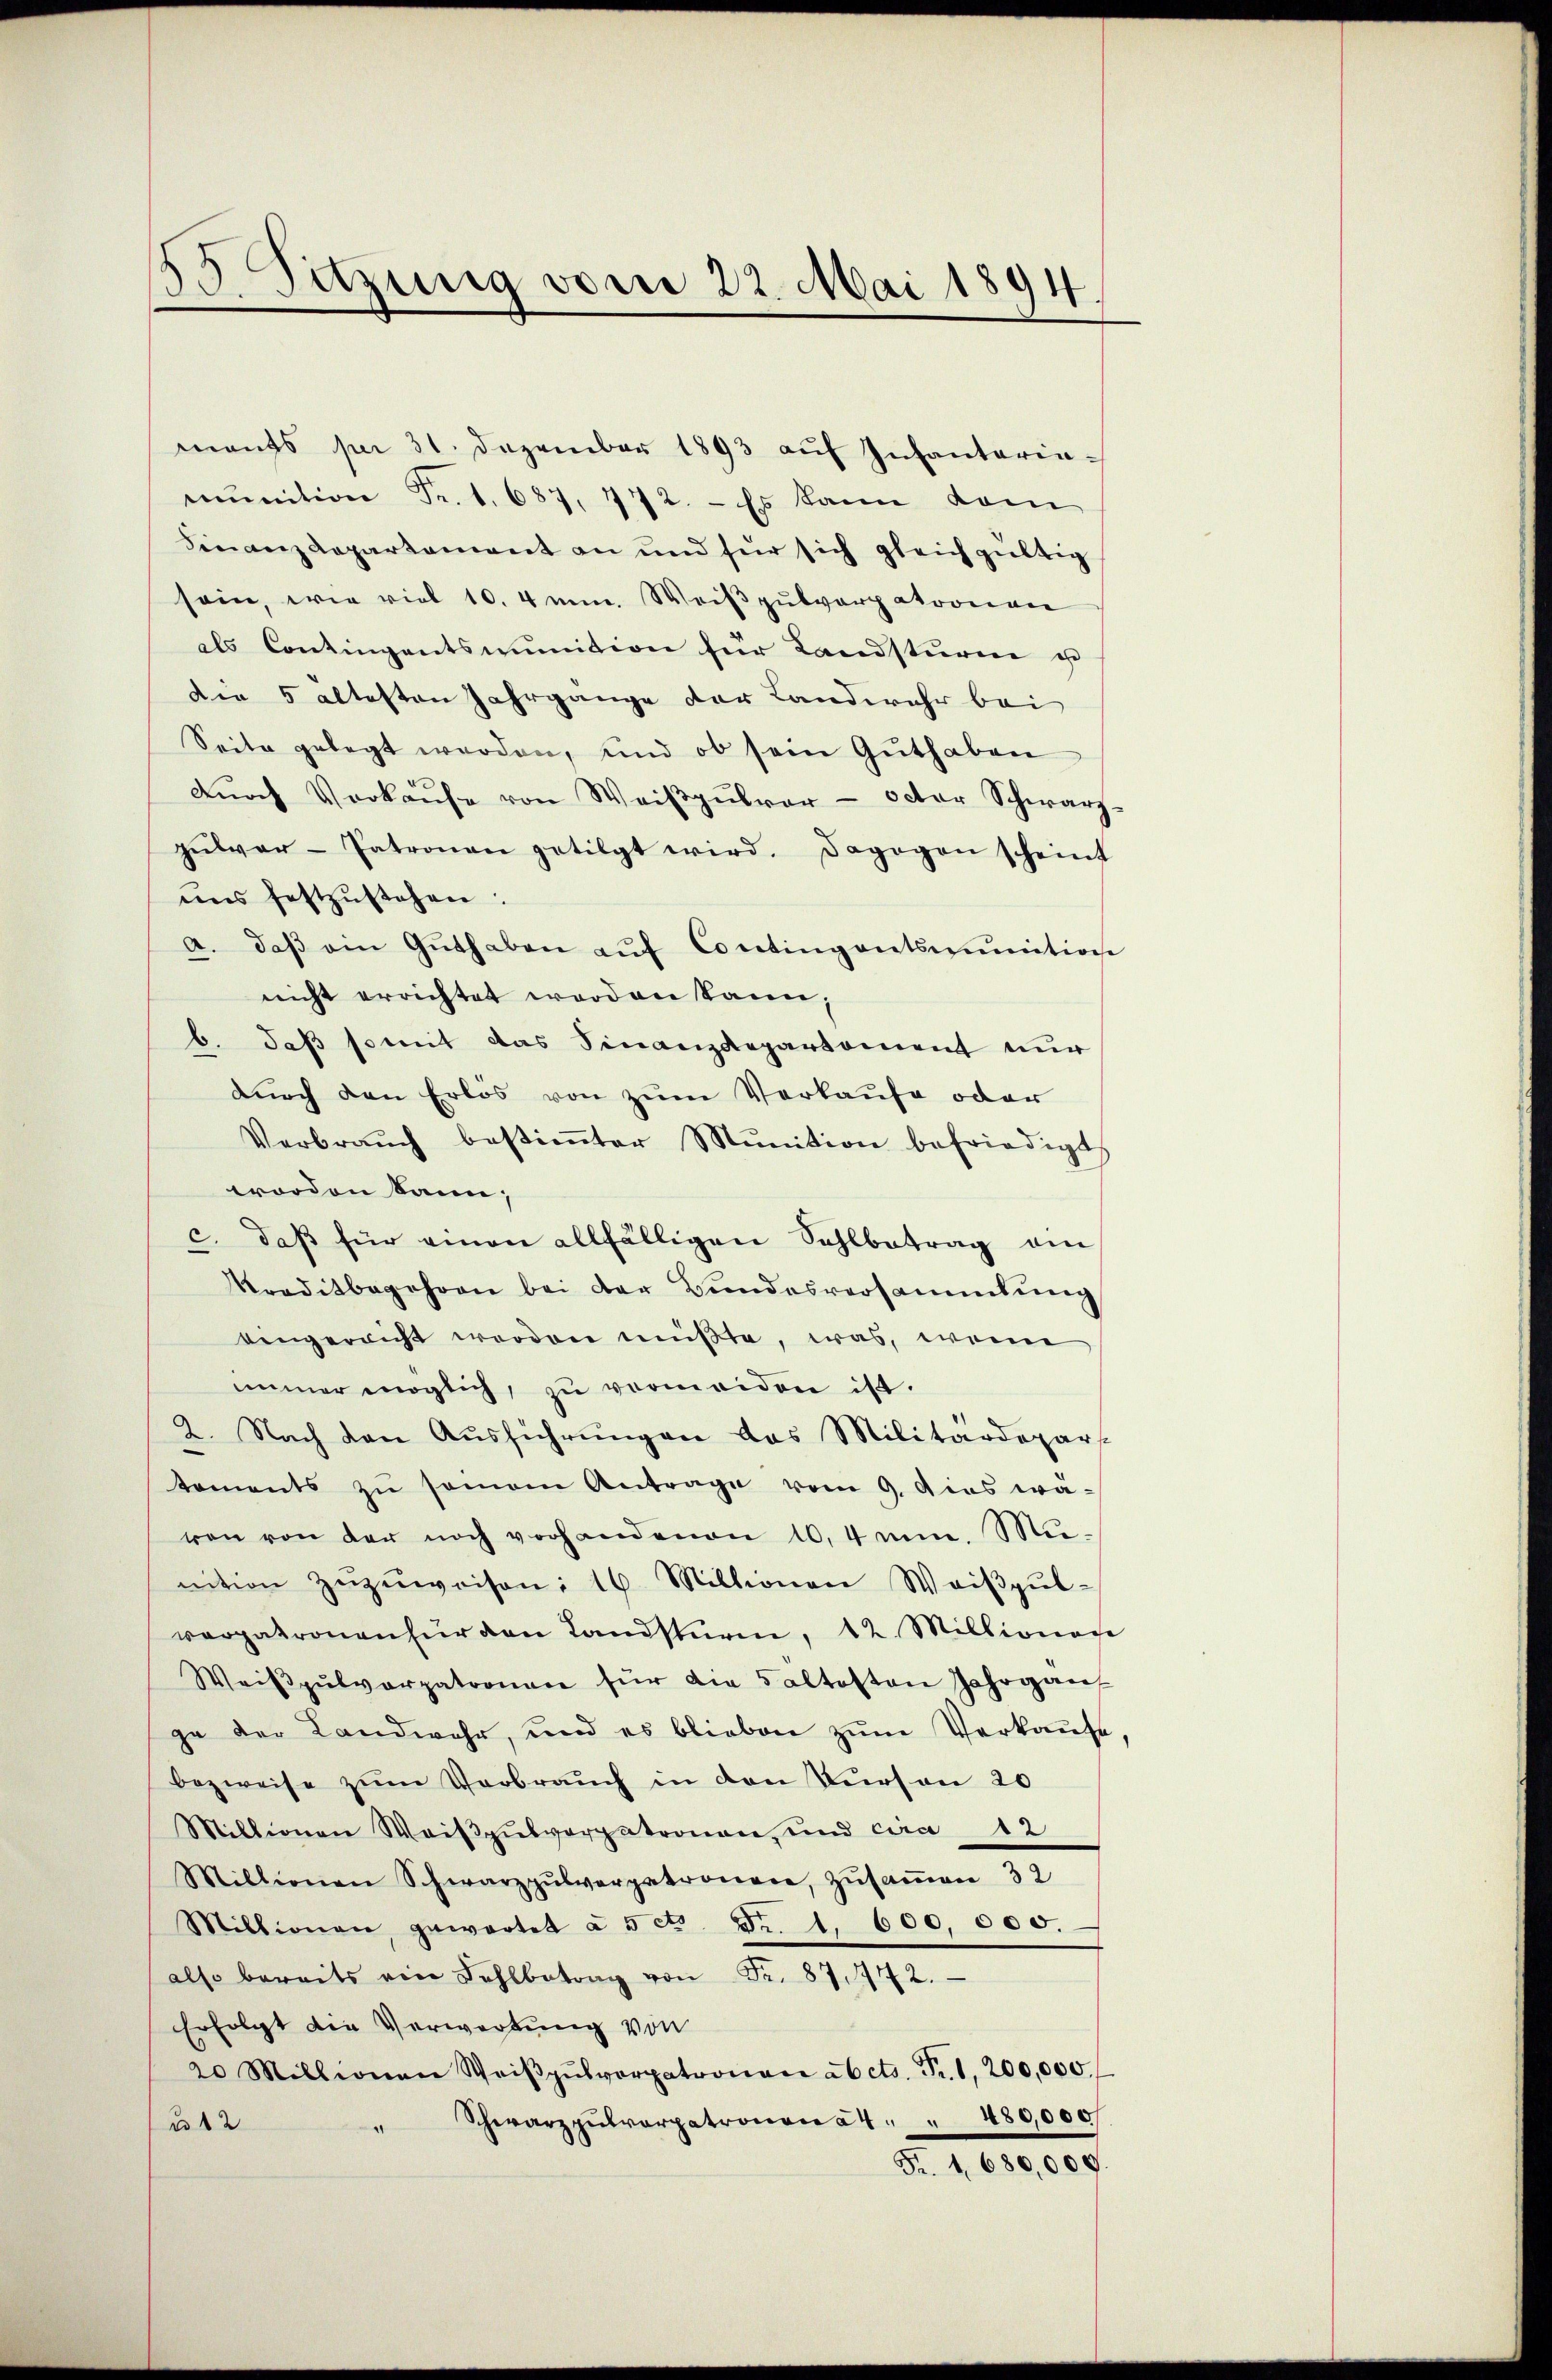
Sitzung vom 22. Mai 1894

mants per 31. Dezember 1893 aŭf Infantaria-
mŭnition Fr. 1. 687, 472. - Es kann dam
Finanzdepartement an und für sich gleichgültig
sein, wie viel 10. 4mm. Weißpulverpatronen
als Contingentsmunition für Landsturm es
der 5 altesten Jahrgange der Landwehr bei
Seite gelegt werden, und ob sein Guthaben
dŭrch Verkaŭfe von Weiβgŭlvar- octor Schwarz-
zŭbvar-Patronen getilgt wird. Dagegen scheint
uns festzŭstehen:
a. daβ ein Guthaben aŭf Contingentsmunitione
nicht errichtet worden kann;
b. daß somit das Finanzdepartement nur
durch den Erlos von zum Verkaufe oder
Verbraŭch bestimter Munition befriedigt
erorden kann;
c. daβ für einen allfälligen Sohlbetrag an
kreditbegehren bei der Bundesversammlung
eingereicht werden müßte, was, wenn
immer möglich zŭ vermeiden ist.
2. Nach den Ausführungen das Militärdepart
toments zŭ samen Antrage vom 9. dies wä-
ven von der noch vorhandenen 10,4mm. Mi-
nition zŭzŭweisen: 16. Millionen Weiβpŭl-
verpatronen für den Landsturm, 12. Millionos
Weiβpŭlvorpatronen für die 5 altesten Jahrgan
ge der Landwehr, und es blieben zum Verkaufe
bezweise zum Verbrauch in den Person 20
Millionen Weiβpŭbvorpatronen, und cira 12
Millionen Schwarzpŭlverpatronen, Zŭsaṁen 32
Millionen, gewartet à 5 ct Fr. 1. 600,000.
also bereits ein Kohlbetrag von Fr. 87. 472.
Erfolgt die Verwortung von
20 Millionen Weiβpŭtvorpatronen ab cts. Fr. 1, 200,000.
Schwarzpulverpatronen 24 " " 480,000/
u 12
Fr. 1680,000.